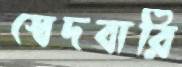
স্বেদবারি